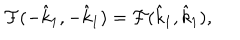
LaTeX: \mathcal { F } ( - \hat { k } _ { 1 } , - \hat { k } _ { 1 } ) = \mathcal { F } ( \hat { k } _ { 1 } , \hat { k } _ { 1 } ) ,